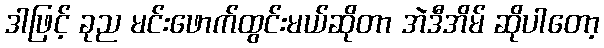
ဒါဖြင့် ခုည မင်းဖောက်ထွင်းမယ်ဆိုတာ အဲဒီအိမ် ဆိုပါတော့